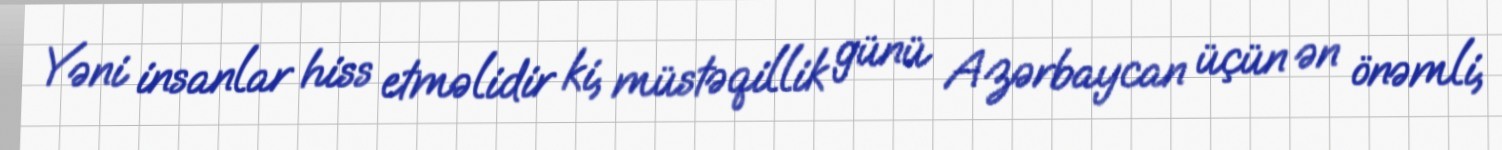
Yəni insanlar hiss etməlidir ki, müstəqillik günü Azərbaycan üçün ən önəmli,